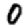
Digit: 0